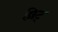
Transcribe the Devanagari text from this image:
छिट्